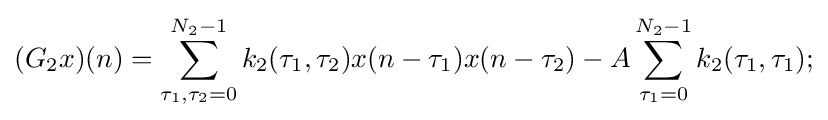
(G_{2}x)(n)=\sum _{\tau _{1},\tau _{2}=0}^{N_{2}-1}k_{2}(\tau _{1},\tau _{2})x(n-\tau _{1})x(n-\tau _{2})-A\sum _{\tau _{1}=0}^{N_{2}-1}k_{2}(\tau _{1},\tau _{1});